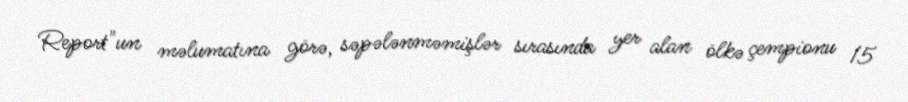
Report"un məlumatına görə, səpələnməmişlər sırasında yer alan ölkə çempionu 15